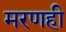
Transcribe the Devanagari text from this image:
मरणही